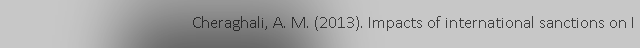
Cheraghali, A. M. (2013). Impacts of international sanctions on I